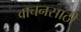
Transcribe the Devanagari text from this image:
वाचनसाठी